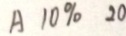
A 1 0 \% 2 0